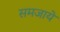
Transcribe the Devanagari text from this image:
समजाये